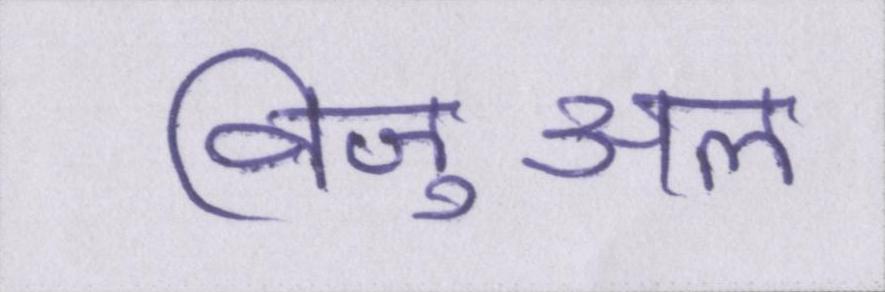
विजुअल